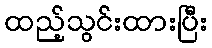
ထည့်သွင်းထားပြီး